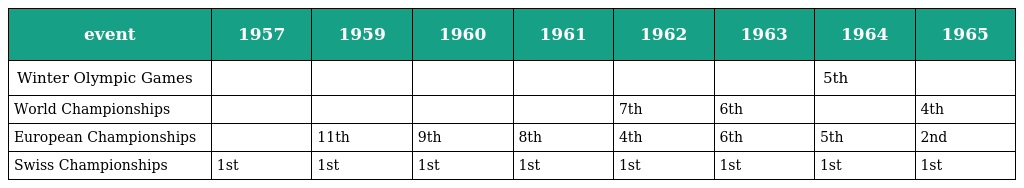
| event | 1957 | 1959 | 1960 | 1961 | 1962 | 1963 | 1964 | 1965 |
 | --- | --- | --- | --- | --- | --- | --- | --- | --- |
 | Winter Olympic Games |  |  |  |  |  |  | 5th |  |
 | World Championships |  |  |  |  | 7th | 6th |  | 4th |
 | European Championships |  | 11th | 9th | 8th | 4th | 6th | 5th | 2nd |
 | Swiss Championships | 1st | 1st | 1st | 1st | 1st | 1st | 1st | 1st |